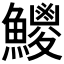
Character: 𩼕